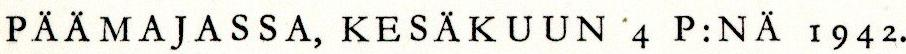
PÄÄMAJASSA, KESÄKUUN 4 P:NÄ I942.